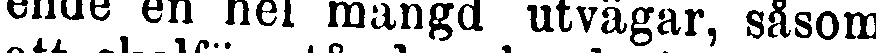
ende en hel mängd utvägar, såsom